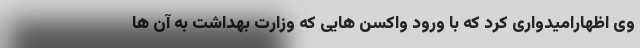
وی اظهارامیدواری کرد که با ورود واکسن هایی که وزارت بهداشت به آن ها